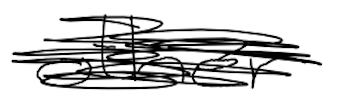
Text: other
Cross-out: scratch
Writing tool: digital_black